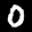
Label: 0